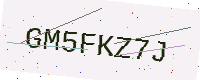
Text: GM5FKZ7J